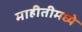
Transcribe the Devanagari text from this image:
माहीतीमध्ये